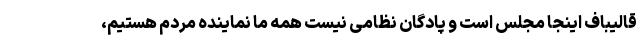
قالیباف اینجا مجلس است و پادگان نظامی نیست همه ما نماینده مردم هستیم،